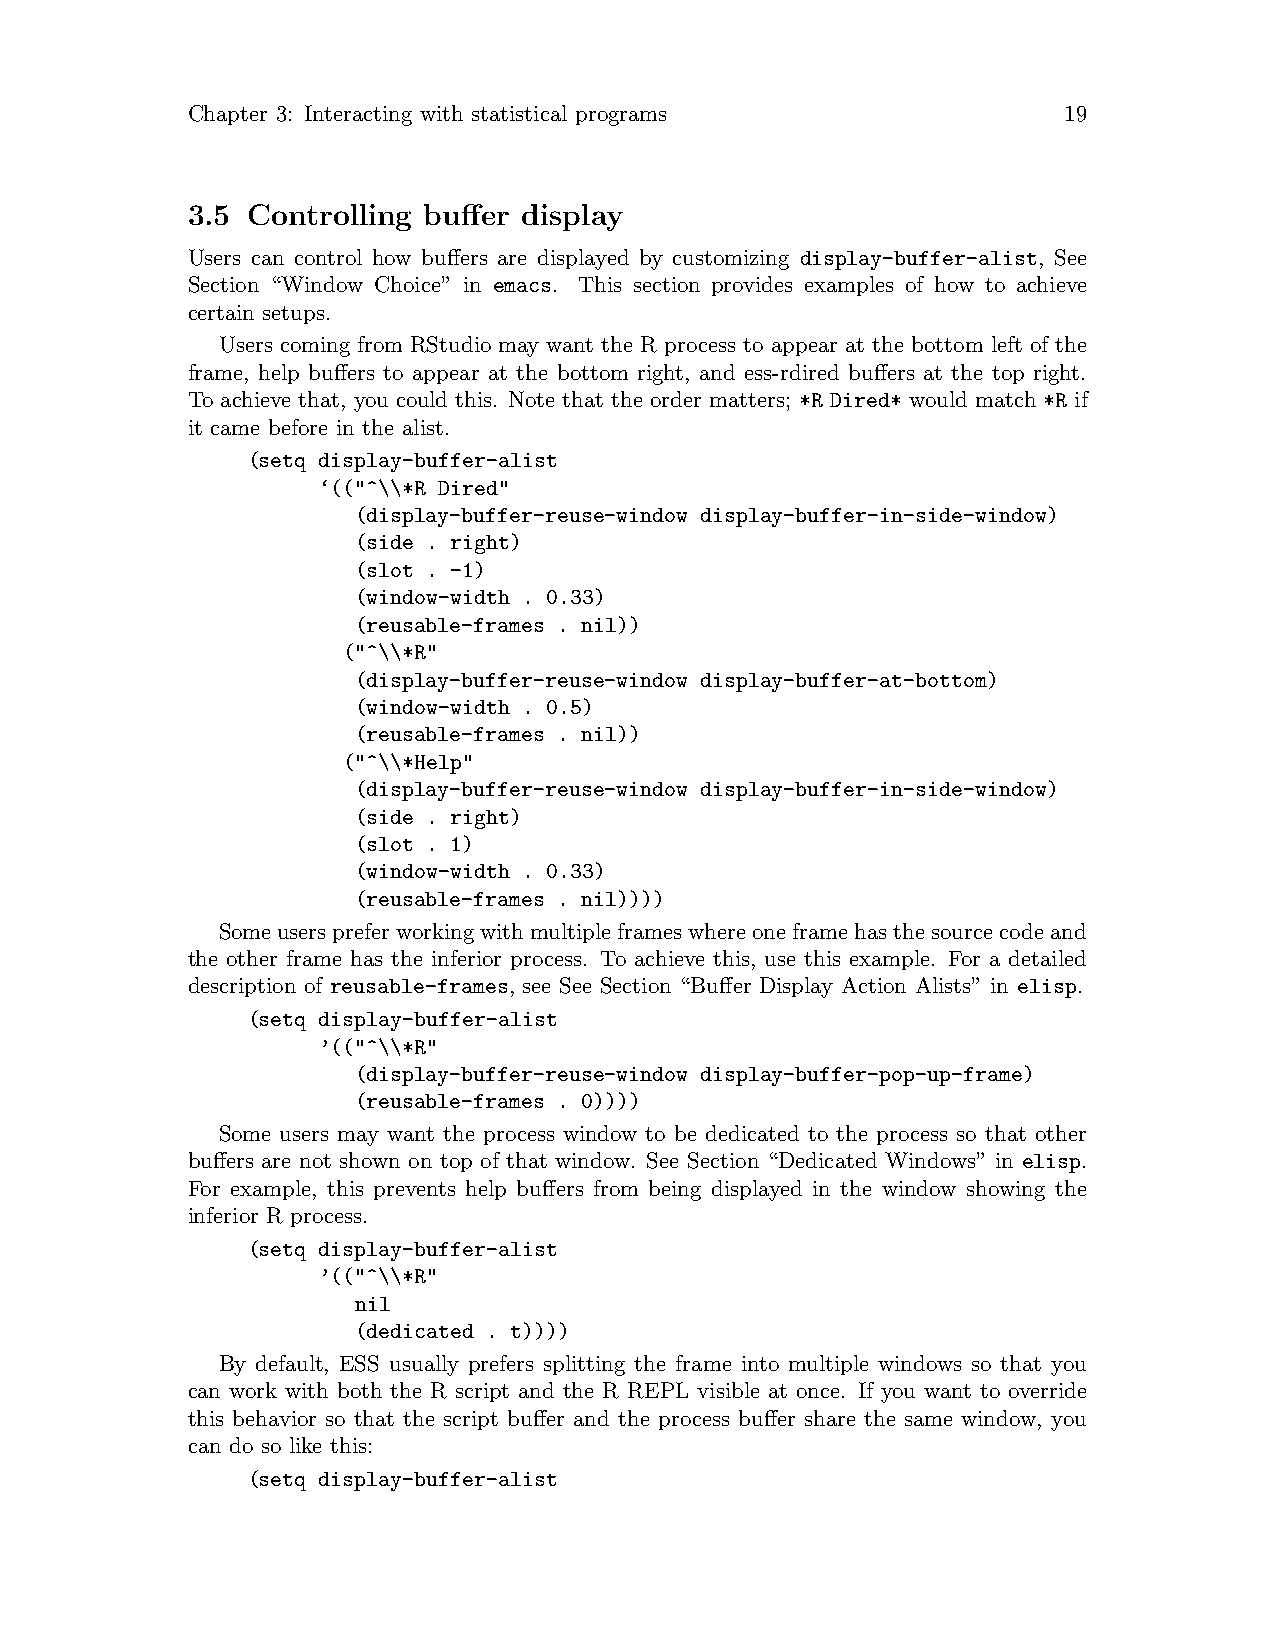
Chapter 3: Interacting with statistical programs          19
 3.5 Controlling buffer display
 Users can control how buffers are displayed by customizing display-buffer-alist, See
 Section “Window Choice” in emacs. This section provides examples of how to achieve
 certain setups.
 Users coming from RStudio may want the R process to appear at the bottom left of the
 frame, help buffers to appear at the bottom right, and ess-rdired buffers at the top right.
 To achieve that, you could this. Note that the order matters; *R Dired* would match *R if
 it came before in the alist.
 (setq display-buffer-alist
 ‘(("^\\*R Dired"
 (display-buffer-reuse-window display-buffer-in-side-window)
 (side . right)
 (slot . -1)
 (window-width . 0.33)
 (reusable-frames . nil))
 ("^\\*R"
 (display-buffer-reuse-window display-buffer-at-bottom)
 (window-width . 0.5)
 (reusable-frames . nil))
 ("^\\*Help"
 (display-buffer-reuse-window display-buffer-in-side-window)
 (side . right)
 (slot . 1)
 (window-width . 0.33)
 (reusable-frames . nil))))
 Someuserspreferworkingwithmultipleframeswhereoneframehasthesourcecodeand
 the other frame has the inferior process. To achieve this, use this example. For a detailed
 description of reusable-frames, see See Section “Buffer Display Action Alists” in elisp.
 (setq display-buffer-alist
 ’(("^\\*R"
 (display-buffer-reuse-window display-buffer-pop-up-frame)
 (reusable-frames . 0))))
 Some users may want the process window to be dedicated to the process so that other
 buffers are not shown on top of that window. See Section “Dedicated Windows” in elisp.
 For example, this prevents help buffers from being displayed in the window showing the
 inferior R process.
 (setq display-buffer-alist
 ’(("^\\*R"
 nil
 (dedicated . t))))
 By default, ESS usually prefers splitting the frame into multiple windows so that you
 can work with both the R script and the R REPL visible at once. If you want to override
 this behavior so that the script buffer and the process buffer share the same window, you
 can do so like this:
 (setq display-buffer-alist